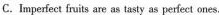
C.Imperfect fruits are as tasty as perfect ones.